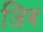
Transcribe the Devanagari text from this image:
जिब